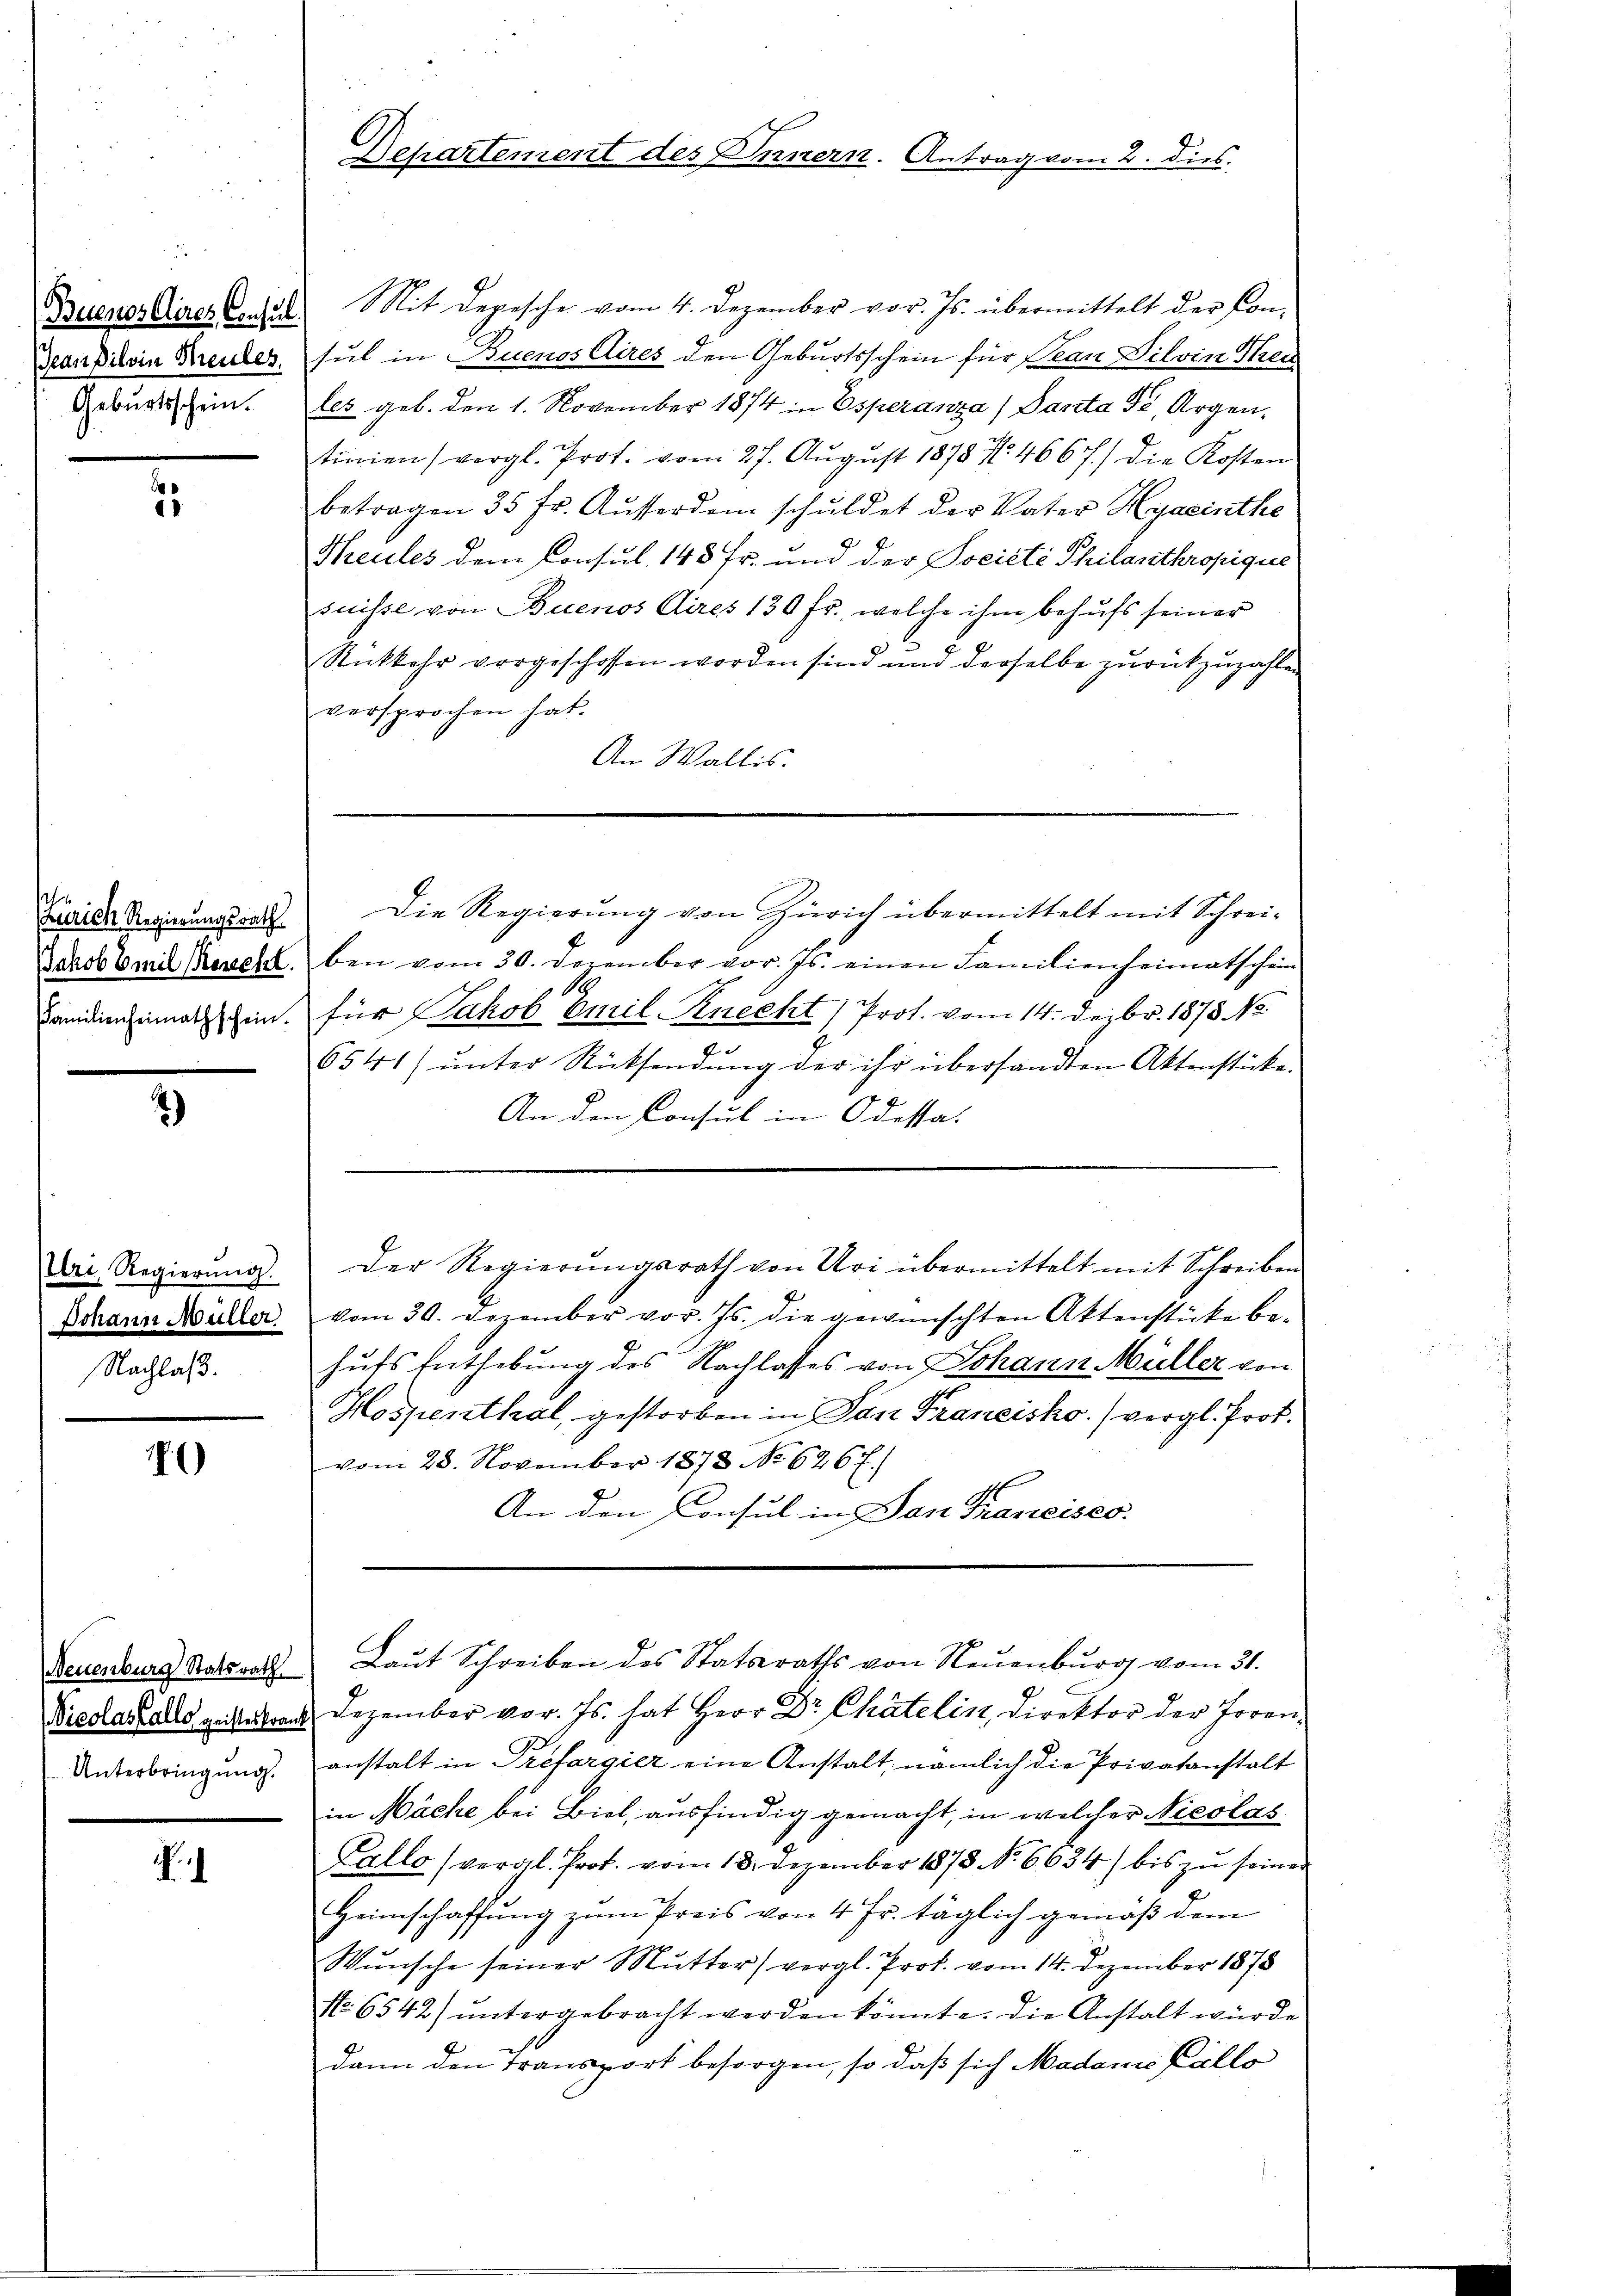
Buenos Aires Consul
Jean Pilvin Kreutes.

2

d
Kurien Regierungsrath
Jakob Emil Beschl
Familienheimathschein.

.)

Uri, Regierŭng.
Johann Müller
Nachlaβ.

)

Neuenburg Statsrath
Nicolas falls geisteskrank
Unterbringung.

.

Departement des Innern. Antrag vom 2. dies

Mit Depesche vom 4. Dezember vor. Js. übermittelt der Consul in Buenos Aires den Geburtsschein für Jean Pilvin Thei
Geburtsschein. les geb. den 1. November 1874 in Esperanza (Santa Fr., Argen,
tinien (vergl. Prot. vom 27. August 1878 N. 4667) die Kosten
betragen 35 fr. Aŭsserdem schuldet der Vater Hyasinthe
Theules dem Consul 145 Fr. und der Societe Philanthropique
suisse von Buenos Aires 130 fr., welche ihm behŭfs seiner
Rückkehr vorgeschossen worden sind und derselbe zurückzuzahlen
versprochen hat.
An Wallis.
Die Regierung von Zürich übermittelt mit Schreiben vom 30. Dezember vor. Js. einen Familienheimatschein
für Jakob Emil Knecht (Prot. vom 14. Dezbr. 1878. No.
6541) ŭnter Rücksendŭng der ihr übersandten Aktenstücke.
An den Consul in Odessa.
Der Regierŭngsrath von Uri übermittelt mit Schreiben
vom 30. Dezember vor. Js. die gewünschten Aktenstücke be-
huts Enthebung des Nachlasses von Johann Müller von
Hospenthal, gestorben in San Francisko. (vergl. Prof.
vom 28. November 1873 No 626 f.)
An den Consul in San Francises.
Laut Schreiben des Statsraths von Neuenburg vom 31.
Dezember vor. Js. hat Herr Dr. Chatelin, direktor der Joren-
anstalt in Trefargier eine Anstalt, nämlich die Privatanstalt
in Mäche bei Biel, ausfindig gemacht, in welcher Nicolas
Callo (vergl. Prot. vom 18. Dezember 1873 No 6634) bis zu seiner
Heimschaffung zum Preis von 4 Fr. täglich gemäß dem
Wŭnsche seiner Mutter) vergl. Prof. vom 14. Dezember 1878
fl. 6542) untergebracht werden könnte. Die Anstalt würde
dann den Transport besorgen, so daß sich Madame Kállo